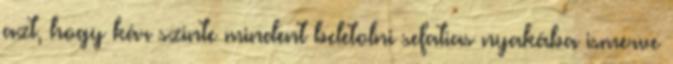
azt, hogy kár szinte mindent beletolni sefatias nyakába ismerve